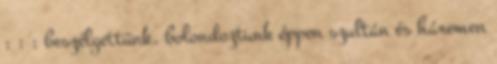
: : : beszélgettünk, bolondoztunk éppen szultán és háremen